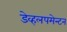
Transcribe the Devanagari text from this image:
डेव्हलपमेन्टन